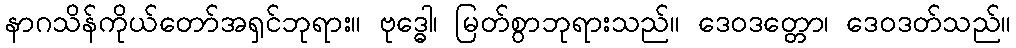
နာဂသိန်ကိုယ်တော်အရှင်ဘုရား။ ဗုဒ္ဓေါ၊ မြတ်စွာဘုရားသည်။ ဒေဝဒတ္တော၊ ဒေဝဒတ်သည်။